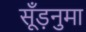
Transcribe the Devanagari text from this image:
सूँड़नुमा